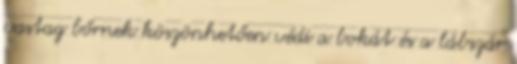
vastag bőrnek köszönhetően védi a bokát és a lábszár